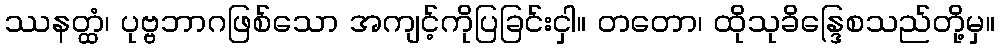
ဿနတ္ထံ၊ ပုဗ္ဗဘာဂဖြစ်သော အကျင့်ကိုပြခြင်းငှါ။ တတော၊ ထိုသုခိန္ဒြေစသည်တို့မှ။